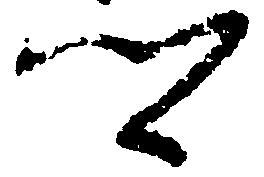
卿